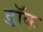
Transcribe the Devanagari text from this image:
डाॅक